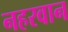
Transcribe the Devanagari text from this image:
नहरवान